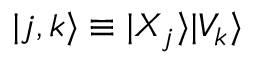
| j , k \rangle \equiv | X _ { j } \rangle | V _ { k } \rangle